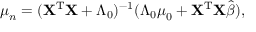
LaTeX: { \boldsymbol { \mu } } _ { n } = ( \mathbf { X } ^ { \mathrm { { T } } } \mathbf { X } + { \boldsymbol { \Lambda } } _ { 0 } ) ^ { - 1 } ( { \boldsymbol { \Lambda } } _ { 0 } { \boldsymbol { \mu } } _ { 0 } + \mathbf { X } ^ { \mathrm { { T } } } \mathbf { X } { \hat { \boldsymbol { \beta } } } ) ,